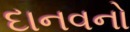
દાનવનો